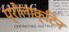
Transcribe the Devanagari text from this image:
प्रोलाक्टिन